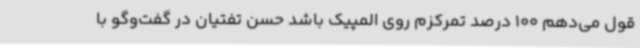
قول می‌دهم 100 درصد تمرکزم روی المپیک باشد حسن تفتیان در گفت‌وگو با